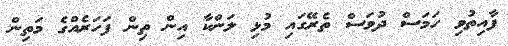
ފާއިތުވި ހަމަސް ދުވަސް ތެރޭގައި މުޅި ލަންކާ އިން ތިން ފަހަރެއްގެ މަތިން